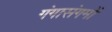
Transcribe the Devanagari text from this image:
गंगासंगमों